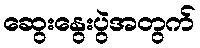
ဆွေးနွေးပွဲအတွက်